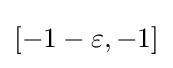
[-1-\varepsilon ,-1]